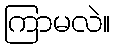
ကြာမလဲ။